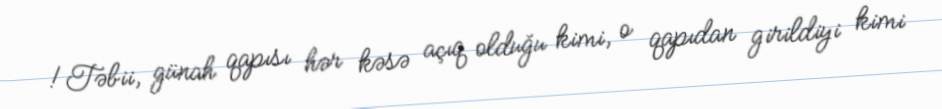
!Təbii, günah qapısı hər kəsə açıq olduğu kimi, o qapıdan girildiyi kimi